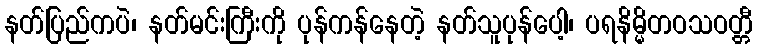
နတ်ပြည်ကပဲ၊ နတ်မင်းကြီးကို ပုန်ကန်နေတဲ့ နတ်သူပုန်ပေါ့၊ ပရနိမ္မိတဝသဝတ္တီ